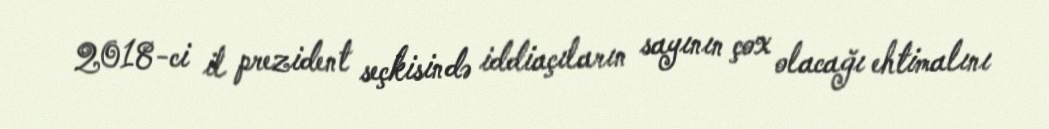
2018-ci il prezident seçkisində iddiaçıların sayının çox olacağı ehtimalını